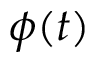
\phi ( t )